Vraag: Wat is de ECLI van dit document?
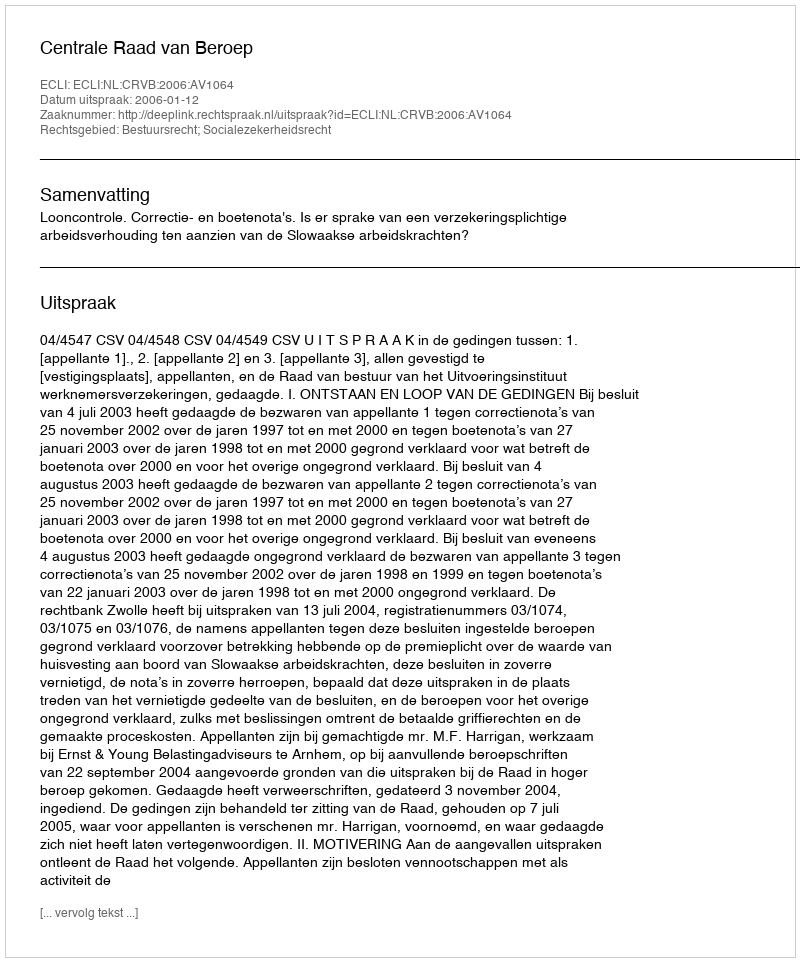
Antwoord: ECLI:NL:CRVB:2006:AV1064